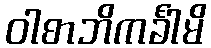
ဝါစာဘိကင်္ခါမိ